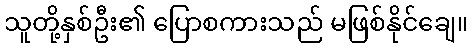
သူတို့နှစ်ဦး၏ ပြောစကားသည် မဖြစ်နိုင်ချေ။